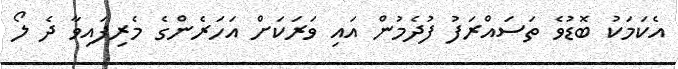
އެކަމަކު ބޮޑުވެ ތަސައްރަފު ފުދެމުން އައި ވަރަކަށް އަހަރެންގެ މެރިފައިވާ ދެ ލޯ